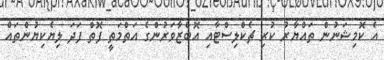
އެ ކޮމިޝަނުން ތައްޔާރު ކުރި ޗެކްލިސްޓާއި އޮބްޒާވަރުންގެ އަތްމަތީ ފޮތް ފަދަ ލިޔެކިޔުންތައް